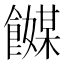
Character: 𬲞